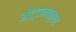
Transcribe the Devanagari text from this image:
ओट्टानचत्रम